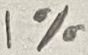
Text: 1%